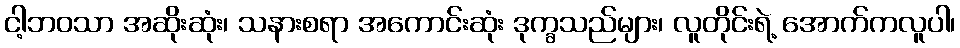
ငါ့ဘဝသာ အဆိုးဆုံး၊ သနားစရာ အကောင်းဆုံး ဒုက္ခသည်များ၊ လူတိုင်းရဲ့ အောက်ကလူပါ၊